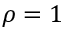
\rho = 1